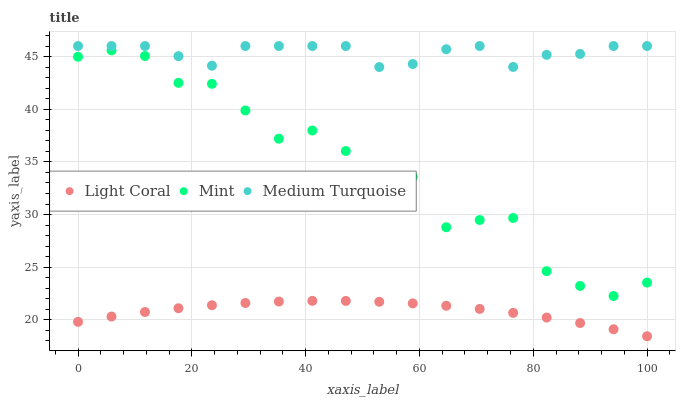
| xaxis_label | Light Coral | Mint | Medium Turquoise |
 | --- | --- | --- | --- |
 | 0 | 19.8 | 45 | 46 |
 | 5.88 | 20.3 | 45.6 | 46 |
 | 11.8 | 20.7 | 45 | 46 |
 | 17.6 | 21.1 | 42.5 | 45 |
 | 23.5 | 21.4 | 42.4 | 44.1 |
 | 29.4 | 21.6 | 39.9 | 46 |
 | 35.3 | 21.7 | 37.2 | 46 |
 | 41.2 | 21.8 | 38 | 46 |
 | 47.1 | 21.8 | 36 | 46 |
 | 52.9 | 21.7 | 32.9 | 44 |
 | 58.8 | 21.6 | 33.6 | 44.3 |
 | 64.7 | 21.3 | 28.8 | 45.7 |
 | 70.6 | 21 | 29.5 | 46 |
 | 76.5 | 20.7 | 29.7 | 44 |
 | 82.4 | 20.2 | 24.6 | 45.2 |
 | 88.2 | 19.7 | 23.2 | 45.2 |
 | 94.1 | 19.1 | 22.3 | 46 |
 | 100 | 18.4 | 23.5 | 46 |